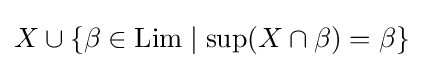
X\cup \{\beta \in \operatorname {Lim} \mid \sup(X\cap \beta )=\beta \}